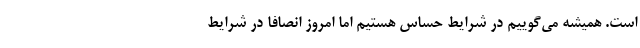
است. همیشه می‌گوییم در شرایط حساس هستیم اما امروز انصافا در شرایط